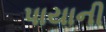
પાયાની